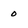
Character: 0